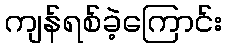
ကျန်ရစ်ခဲ့ကြောင်း